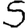
Digit: 5